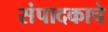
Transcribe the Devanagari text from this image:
संपादकाचे